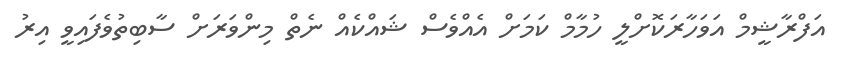
އަފްރާޝީމް އަވަހާރަކޮށްލީ ހުމާމް ކަމަށް އެއްވެސް ޝައްކެއް ނެތް މިންވަރަށް ސާބިތުވެފައިވީ އިރު